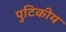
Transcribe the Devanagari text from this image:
पुटिकीय